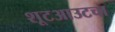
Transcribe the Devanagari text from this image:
शूटआउटचा